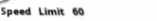
Speed Limit 60